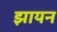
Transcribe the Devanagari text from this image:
झायन